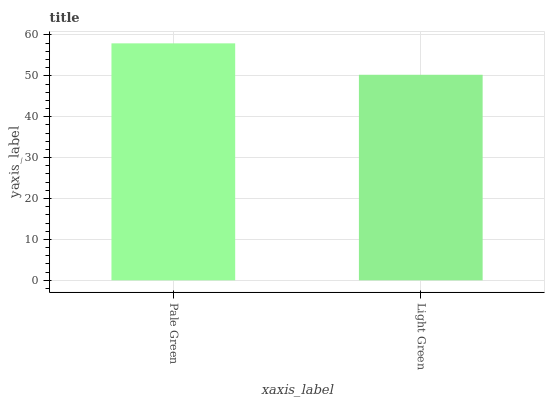
| xaxis_label | bars |
 | --- | --- |
 | Pale Green | 57.9 |
 | Light Green | 50.3 |